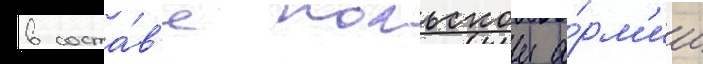
в соста́в'е польскои а́рм'ии